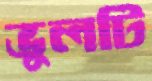
ভুলটি